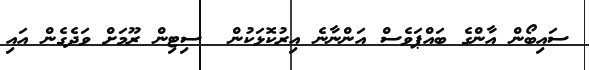
ސައިބޯން އާންގެ ބައްޕަވެސް އަންނާނެ އިރުކޮޅަކުން  ސިޓިން ރޫމަށް ވަދެގެން އައި